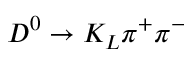
D ^ { 0 } \to K _ { L } \pi ^ { + } \pi ^ { - }